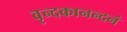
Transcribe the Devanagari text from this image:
वृन्दकानन्दनं